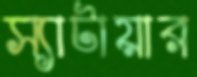
স্যাটায়ার